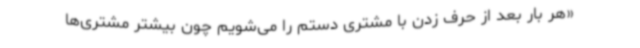
«هر بار بعد از حرف زدن با مشتری دستم را می‌شویم چون بیشتر مشتری‌ها